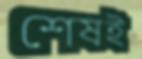
শেষই